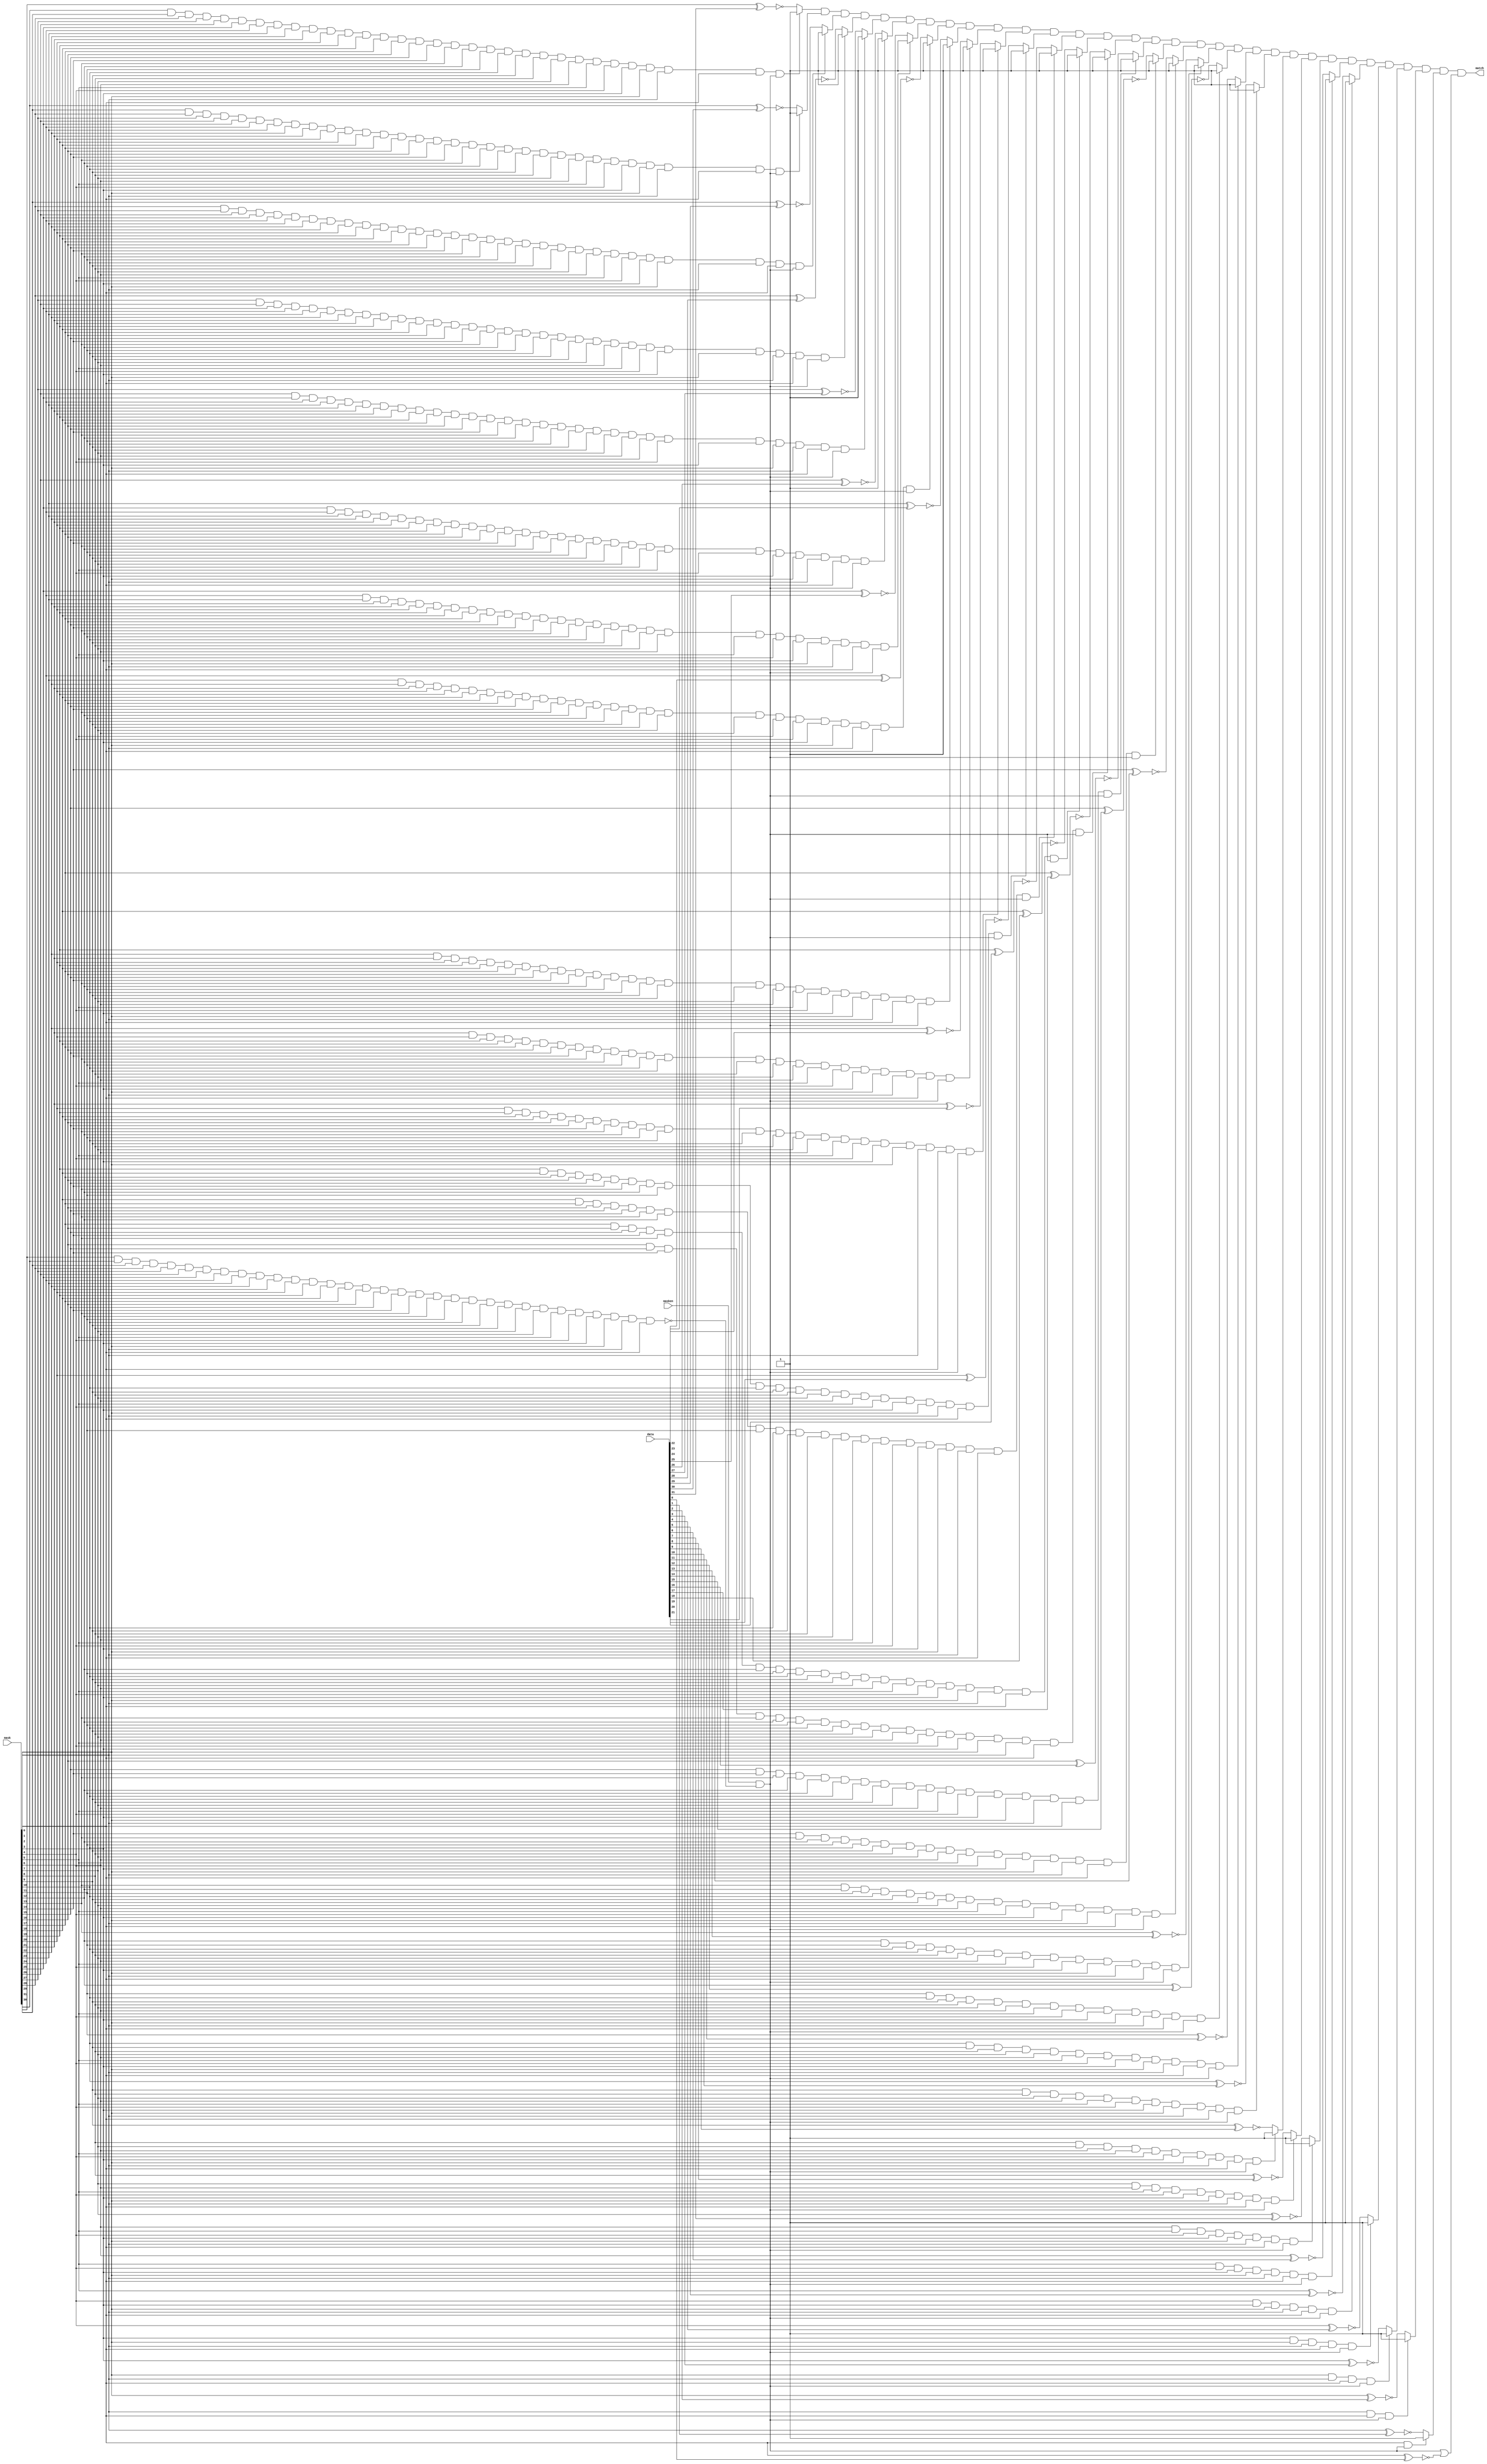
module rvmaskandmatch
(
  mask,
  data,
  masken,
  match
);

  input [31:0] mask;
  input [31:0] data;
  input masken;
  output match;
  wire match,N0,N1,N2,N3,N4,N5,N6,N7,N8,N9,N10,N11,N12,N13,N14,N15,N16,N17,N18,N19,N20,
  N21,N22,N23,N24,N25,N26,N27,N28,N29,N30,N31,N32,N33,N34,N35,N36,N37,N38,N39,N40,
  N41,N42,N43,N44,N45,N46,N47,N48,N49,N50,N51,N52,N53,N54,N55,N56,N57,N58,N59,N60,
  N61,N62,masken_or_fullmask,N63,N64,N65,N66,N67,N68,N69,N70,N71,N72,N73,N74,N75,
  N76,N77,N78,N79,N80,N81,N82,N83,N84,N85,N86,N87,N88,N89,N90,N91,N92,N93,N94,N95,
  N96,N97,N98,N99,N100,N101,N102,N103,N104,N105,N106,N107,N108,N109,N110,N111,N112,
  N113,N114,N115,N116,N117,N118,N119,N120,N121,N122,N123,N124,N125,N126,N127,N128,
  N129,N130,N131,N132,N133,N134,N135,N136,N137,N138,N139,N140,N141,N142,N143,N144,
  N145,N146,N147,N148,N149,N150,N151,N152,N153,N154,N155,N156,N157,N158,N159,N160,
  N161,N162,N163,N164,N165,N166,N167,N168,N169,N170,N171,N172,N173,N174,N175,N176,
  N177,N178,N179,N180,N181,N182,N183,N184,N185,N186,N187,N188,N189,N190,N191,N192,
  N193,N194,N195,N196,N197,N198,N199,N200,N201,N202,N203,N204,N205,N206,N207,N208,
  N209,N210,N211,N212,N213,N214,N215,N216,N217,N218,N219,N220,N221,N222,N223,N224,
  N225,N226,N227,N228,N229,N230,N231,N232,N233,N234,N235,N236,N237,N238,N239,N240,
  N241,N242,N243,N244,N245,N246,N247,N248,N249,N250,N251,N252,N253,N254,N255,N256,
  N257,N258,N259,N260,N261,N262,N263,N264,N265,N266,N267,N268,N269,N270,N271,N272,
  N273,N274,N275,N276,N277,N278,N279,N280,N281,N282,N283,N284,N285,N286,N287,N288,
  N289,N290,N291,N292,N293,N294,N295,N296,N297,N298,N299,N300,N301,N302,N303,N304,
  N305,N306,N307,N308,N309,N310,N311,N312,N313,N314,N315,N316,N317,N318,N319,N320,
  N321,N322,N323,N324,N325,N326,N327,N328,N329,N330,N331,N332,N333,N334,N335,N336,
  N337,N338,N339,N340,N341,N342,N343,N344,N345,N346,N347,N348,N349,N350,N351,N352,
  N353,N354,N355,N356,N357,N358,N359,N360,N361,N362,N363,N364,N365,N366,N367,N368,
  N369,N370,N371,N372,N373,N374,N375,N376,N377,N378,N379,N380,N381,N382,N383,N384,
  N385,N386,N387,N388,N389,N390,N391,N392,N393,N394,N395,N396,N397,N398,N399,N400,
  N401,N402,N403,N404,N405,N406,N407,N408,N409,N410,N411,N412,N413,N414,N415,N416,
  N417,N418,N419,N420,N421,N422,N423,N424,N425,N426,N427,N428,N429,N430,N431,N432,
  N433,N434,N435,N436,N437,N438,N439,N440,N441,N442,N443,N444,N445,N446,N447,N448,
  N449,N450,N451,N452,N453,N454,N455,N456,N457,N458,N459,N460,N461,N462,N463,N464,
  N465,N466,N467,N468,N469,N470,N471,N472,N473,N474,N475,N476,N477,N478,N479,N480,
  N481,N482,N483,N484,N485,N486,N487,N488,N489,N490,N491,N492,N493,N494,N495,N496,
  N497,N498,N499,N500,N501,N502,N503,N504,N505,N506,N507,N508,N509,N510,N511,N512,
  N513,N514,N515,N516,N517,N518,N519,N520,N521,N522,N523,N524,N525,N526,N527,N528,
  N529,N530,N531,N532,N533,N534,N535,N536,N537,N538,N539,N540,N541,N542,N543,N544,
  N545,N546,N547,N548,N549,N550,N551,N552,N553,N554,N555,N556,N557,N558,N559,N560,
  N561,N562,N563,N564,N565,N566,N567,N568,N569,N570,N571,N572,N573,N574,N575,N576,
  N577,N578,N579,N580,N581,N582,N583,N584,N585,N586,N587,N588,N589,N590,N591,N592,
  N593,N594,N595,N596,N597,N598,N599,N600,N601,N602,N603,N604,N605,N606,N607,N608,
  N609,N610,N611,N612,N613,N614,N615,N616,N617,N618,N619,N620,N621,N622,N623,N624,
  N625,N626,N627,N628,N629,N630,N631,N632,N633,N634,N635,N636,N637,N638,N639,N640,
  N641,N642,N643,N644,N645,N646,N647,N648,N649,N650,N651,N652,N653,N654,N655,N656,
  N657,N658,N659,N660,N661,N662,N663,N664,N665,N666,N667,N668,N669,N670,N671,N672,
  N673,N674,N675,N676,N677,N678,N679,N680,N681,N682,N683;
  wire [31:0] matchvec;
  assign N0 = mask[0] ^ data[0];
  assign N63 = ~N0;
  assign N1 = mask[1] ^ data[1];
  assign N66 = ~N1;
  assign N2 = mask[2] ^ data[2];
  assign N69 = ~N2;
  assign N3 = mask[3] ^ data[3];
  assign N72 = ~N3;
  assign N4 = mask[4] ^ data[4];
  assign N75 = ~N4;
  assign N5 = mask[5] ^ data[5];
  assign N78 = ~N5;
  assign N6 = mask[6] ^ data[6];
  assign N81 = ~N6;
  assign N7 = mask[7] ^ data[7];
  assign N84 = ~N7;
  assign N8 = mask[8] ^ data[8];
  assign N87 = ~N8;
  assign N9 = mask[9] ^ data[9];
  assign N90 = ~N9;
  assign N10 = mask[10] ^ data[10];
  assign N93 = ~N10;
  assign N11 = mask[11] ^ data[11];
  assign N96 = ~N11;
  assign N12 = mask[12] ^ data[12];
  assign N99 = ~N12;
  assign N13 = mask[13] ^ data[13];
  assign N102 = ~N13;
  assign N14 = mask[14] ^ data[14];
  assign N105 = ~N14;
  assign N15 = mask[15] ^ data[15];
  assign N108 = ~N15;
  assign N16 = mask[16] ^ data[16];
  assign N111 = ~N16;
  assign N17 = mask[17] ^ data[17];
  assign N114 = ~N17;
  assign N18 = mask[18] ^ data[18];
  assign N117 = ~N18;
  assign N19 = mask[19] ^ data[19];
  assign N120 = ~N19;
  assign N20 = mask[20] ^ data[20];
  assign N123 = ~N20;
  assign N21 = mask[21] ^ data[21];
  assign N126 = ~N21;
  assign N22 = mask[22] ^ data[22];
  assign N129 = ~N22;
  assign N23 = mask[23] ^ data[23];
  assign N132 = ~N23;
  assign N24 = mask[24] ^ data[24];
  assign N135 = ~N24;
  assign N25 = mask[25] ^ data[25];
  assign N138 = ~N25;
  assign N26 = mask[26] ^ data[26];
  assign N141 = ~N26;
  assign N27 = mask[27] ^ data[27];
  assign N144 = ~N27;
  assign N28 = mask[28] ^ data[28];
  assign N147 = ~N28;
  assign N29 = mask[29] ^ data[29];
  assign N150 = ~N29;
  assign N30 = mask[30] ^ data[30];
  assign N153 = ~N30;
  assign N31 = mask[31] ^ data[31];
  assign N156 = ~N31;
  assign matchvec[1] = (N32)? 1'b1 :
                       (N65)? N66 : 1'b0;
  assign N32 = N64;
  assign matchvec[2] = (N33)? 1'b1 :
                       (N68)? N69 : 1'b0;
  assign N33 = N67;
  assign matchvec[3] = (N34)? 1'b1 :
                       (N71)? N72 : 1'b0;
  assign N34 = N70;
  assign matchvec[4] = (N35)? 1'b1 :
                       (N74)? N75 : 1'b0;
  assign N35 = N73;
  assign matchvec[5] = (N36)? 1'b1 :
                       (N77)? N78 : 1'b0;
  assign N36 = N76;
  assign matchvec[6] = (N37)? 1'b1 :
                       (N80)? N81 : 1'b0;
  assign N37 = N79;
  assign matchvec[7] = (N38)? 1'b1 :
                       (N83)? N84 : 1'b0;
  assign N38 = N82;
  assign matchvec[8] = (N39)? 1'b1 :
                       (N86)? N87 : 1'b0;
  assign N39 = N85;
  assign matchvec[9] = (N40)? 1'b1 :
                       (N89)? N90 : 1'b0;
  assign N40 = N88;
  assign matchvec[10] = (N41)? 1'b1 :
                        (N92)? N93 : 1'b0;
  assign N41 = N91;
  assign matchvec[11] = (N42)? 1'b1 :
                        (N95)? N96 : 1'b0;
  assign N42 = N94;
  assign matchvec[12] = (N43)? 1'b1 :
                        (N98)? N99 : 1'b0;
  assign N43 = N97;
  assign matchvec[13] = (N44)? 1'b1 :
                        (N101)? N102 : 1'b0;
  assign N44 = N100;
  assign matchvec[14] = (N45)? 1'b1 :
                        (N104)? N105 : 1'b0;
  assign N45 = N103;
  assign matchvec[15] = (N46)? 1'b1 :
                        (N107)? N108 : 1'b0;
  assign N46 = N106;
  assign matchvec[16] = (N47)? 1'b1 :
                        (N110)? N111 : 1'b0;
  assign N47 = N109;
  assign matchvec[17] = (N48)? 1'b1 :
                        (N113)? N114 : 1'b0;
  assign N48 = N112;
  assign matchvec[18] = (N49)? 1'b1 :
                        (N116)? N117 : 1'b0;
  assign N49 = N115;
  assign matchvec[19] = (N50)? 1'b1 :
                        (N119)? N120 : 1'b0;
  assign N50 = N118;
  assign matchvec[20] = (N51)? 1'b1 :
                        (N122)? N123 : 1'b0;
  assign N51 = N121;
  assign matchvec[21] = (N52)? 1'b1 :
                        (N125)? N126 : 1'b0;
  assign N52 = N124;
  assign matchvec[22] = (N53)? 1'b1 :
                        (N128)? N129 : 1'b0;
  assign N53 = N127;
  assign matchvec[23] = (N54)? 1'b1 :
                        (N131)? N132 : 1'b0;
  assign N54 = N130;
  assign matchvec[24] = (N55)? 1'b1 :
                        (N134)? N135 : 1'b0;
  assign N55 = N133;
  assign matchvec[25] = (N56)? 1'b1 :
                        (N137)? N138 : 1'b0;
  assign N56 = N136;
  assign matchvec[26] = (N57)? 1'b1 :
                        (N140)? N141 : 1'b0;
  assign N57 = N139;
  assign matchvec[27] = (N58)? 1'b1 :
                        (N143)? N144 : 1'b0;
  assign N58 = N142;
  assign matchvec[28] = (N59)? 1'b1 :
                        (N146)? N147 : 1'b0;
  assign N59 = N145;
  assign matchvec[29] = (N60)? 1'b1 :
                        (N149)? N150 : 1'b0;
  assign N60 = N148;
  assign matchvec[30] = (N61)? 1'b1 :
                        (N152)? N153 : 1'b0;
  assign N61 = N151;
  assign matchvec[31] = (N62)? 1'b1 :
                        (N155)? N156 : 1'b0;
  assign N62 = N154;
  assign masken_or_fullmask = masken & N188;
  assign N188 = ~N187;
  assign N187 = N186 & mask[0];
  assign N186 = N185 & mask[1];
  assign N185 = N184 & mask[2];
  assign N184 = N183 & mask[3];
  assign N183 = N182 & mask[4];
  assign N182 = N181 & mask[5];
  assign N181 = N180 & mask[6];
  assign N180 = N179 & mask[7];
  assign N179 = N178 & mask[8];
  assign N178 = N177 & mask[9];
  assign N177 = N176 & mask[10];
  assign N176 = N175 & mask[11];
  assign N175 = N174 & mask[12];
  assign N174 = N173 & mask[13];
  assign N173 = N172 & mask[14];
  assign N172 = N171 & mask[15];
  assign N171 = N170 & mask[16];
  assign N170 = N169 & mask[17];
  assign N169 = N168 & mask[18];
  assign N168 = N167 & mask[19];
  assign N167 = N166 & mask[20];
  assign N166 = N165 & mask[21];
  assign N165 = N164 & mask[22];
  assign N164 = N163 & mask[23];
  assign N163 = N162 & mask[24];
  assign N162 = N161 & mask[25];
  assign N161 = N160 & mask[26];
  assign N160 = N159 & mask[27];
  assign N159 = N158 & mask[28];
  assign N158 = N157 & mask[29];
  assign N157 = mask[31] & mask[30];
  assign matchvec[0] = masken_or_fullmask | N63;
  assign N64 = mask[0] & masken_or_fullmask;
  assign N65 = ~N64;
  assign N67 = N189 & masken_or_fullmask;
  assign N189 = mask[1] & mask[0];
  assign N68 = ~N67;
  assign N70 = N191 & masken_or_fullmask;
  assign N191 = N190 & mask[0];
  assign N190 = mask[2] & mask[1];
  assign N71 = ~N70;
  assign N73 = N194 & masken_or_fullmask;
  assign N194 = N193 & mask[0];
  assign N193 = N192 & mask[1];
  assign N192 = mask[3] & mask[2];
  assign N74 = ~N73;
  assign N76 = N198 & masken_or_fullmask;
  assign N198 = N197 & mask[0];
  assign N197 = N196 & mask[1];
  assign N196 = N195 & mask[2];
  assign N195 = mask[4] & mask[3];
  assign N77 = ~N76;
  assign N79 = N203 & masken_or_fullmask;
  assign N203 = N202 & mask[0];
  assign N202 = N201 & mask[1];
  assign N201 = N200 & mask[2];
  assign N200 = N199 & mask[3];
  assign N199 = mask[5] & mask[4];
  assign N80 = ~N79;
  assign N82 = N209 & masken_or_fullmask;
  assign N209 = N208 & mask[0];
  assign N208 = N207 & mask[1];
  assign N207 = N206 & mask[2];
  assign N206 = N205 & mask[3];
  assign N205 = N204 & mask[4];
  assign N204 = mask[6] & mask[5];
  assign N83 = ~N82;
  assign N85 = N216 & masken_or_fullmask;
  assign N216 = N215 & mask[0];
  assign N215 = N214 & mask[1];
  assign N214 = N213 & mask[2];
  assign N213 = N212 & mask[3];
  assign N212 = N211 & mask[4];
  assign N211 = N210 & mask[5];
  assign N210 = mask[7] & mask[6];
  assign N86 = ~N85;
  assign N88 = N224 & masken_or_fullmask;
  assign N224 = N223 & mask[0];
  assign N223 = N222 & mask[1];
  assign N222 = N221 & mask[2];
  assign N221 = N220 & mask[3];
  assign N220 = N219 & mask[4];
  assign N219 = N218 & mask[5];
  assign N218 = N217 & mask[6];
  assign N217 = mask[8] & mask[7];
  assign N89 = ~N88;
  assign N91 = N233 & masken_or_fullmask;
  assign N233 = N232 & mask[0];
  assign N232 = N231 & mask[1];
  assign N231 = N230 & mask[2];
  assign N230 = N229 & mask[3];
  assign N229 = N228 & mask[4];
  assign N228 = N227 & mask[5];
  assign N227 = N226 & mask[6];
  assign N226 = N225 & mask[7];
  assign N225 = mask[9] & mask[8];
  assign N92 = ~N91;
  assign N94 = N243 & masken_or_fullmask;
  assign N243 = N242 & mask[0];
  assign N242 = N241 & mask[1];
  assign N241 = N240 & mask[2];
  assign N240 = N239 & mask[3];
  assign N239 = N238 & mask[4];
  assign N238 = N237 & mask[5];
  assign N237 = N236 & mask[6];
  assign N236 = N235 & mask[7];
  assign N235 = N234 & mask[8];
  assign N234 = mask[10] & mask[9];
  assign N95 = ~N94;
  assign N97 = N254 & masken_or_fullmask;
  assign N254 = N253 & mask[0];
  assign N253 = N252 & mask[1];
  assign N252 = N251 & mask[2];
  assign N251 = N250 & mask[3];
  assign N250 = N249 & mask[4];
  assign N249 = N248 & mask[5];
  assign N248 = N247 & mask[6];
  assign N247 = N246 & mask[7];
  assign N246 = N245 & mask[8];
  assign N245 = N244 & mask[9];
  assign N244 = mask[11] & mask[10];
  assign N98 = ~N97;
  assign N100 = N266 & masken_or_fullmask;
  assign N266 = N265 & mask[0];
  assign N265 = N264 & mask[1];
  assign N264 = N263 & mask[2];
  assign N263 = N262 & mask[3];
  assign N262 = N261 & mask[4];
  assign N261 = N260 & mask[5];
  assign N260 = N259 & mask[6];
  assign N259 = N258 & mask[7];
  assign N258 = N257 & mask[8];
  assign N257 = N256 & mask[9];
  assign N256 = N255 & mask[10];
  assign N255 = mask[12] & mask[11];
  assign N101 = ~N100;
  assign N103 = N279 & masken_or_fullmask;
  assign N279 = N278 & mask[0];
  assign N278 = N277 & mask[1];
  assign N277 = N276 & mask[2];
  assign N276 = N275 & mask[3];
  assign N275 = N274 & mask[4];
  assign N274 = N273 & mask[5];
  assign N273 = N272 & mask[6];
  assign N272 = N271 & mask[7];
  assign N271 = N270 & mask[8];
  assign N270 = N269 & mask[9];
  assign N269 = N268 & mask[10];
  assign N268 = N267 & mask[11];
  assign N267 = mask[13] & mask[12];
  assign N104 = ~N103;
  assign N106 = N293 & masken_or_fullmask;
  assign N293 = N292 & mask[0];
  assign N292 = N291 & mask[1];
  assign N291 = N290 & mask[2];
  assign N290 = N289 & mask[3];
  assign N289 = N288 & mask[4];
  assign N288 = N287 & mask[5];
  assign N287 = N286 & mask[6];
  assign N286 = N285 & mask[7];
  assign N285 = N284 & mask[8];
  assign N284 = N283 & mask[9];
  assign N283 = N282 & mask[10];
  assign N282 = N281 & mask[11];
  assign N281 = N280 & mask[12];
  assign N280 = mask[14] & mask[13];
  assign N107 = ~N106;
  assign N109 = N308 & masken_or_fullmask;
  assign N308 = N307 & mask[0];
  assign N307 = N306 & mask[1];
  assign N306 = N305 & mask[2];
  assign N305 = N304 & mask[3];
  assign N304 = N303 & mask[4];
  assign N303 = N302 & mask[5];
  assign N302 = N301 & mask[6];
  assign N301 = N300 & mask[7];
  assign N300 = N299 & mask[8];
  assign N299 = N298 & mask[9];
  assign N298 = N297 & mask[10];
  assign N297 = N296 & mask[11];
  assign N296 = N295 & mask[12];
  assign N295 = N294 & mask[13];
  assign N294 = mask[15] & mask[14];
  assign N110 = ~N109;
  assign N112 = N324 & masken_or_fullmask;
  assign N324 = N323 & mask[0];
  assign N323 = N322 & mask[1];
  assign N322 = N321 & mask[2];
  assign N321 = N320 & mask[3];
  assign N320 = N319 & mask[4];
  assign N319 = N318 & mask[5];
  assign N318 = N317 & mask[6];
  assign N317 = N316 & mask[7];
  assign N316 = N315 & mask[8];
  assign N315 = N314 & mask[9];
  assign N314 = N313 & mask[10];
  assign N313 = N312 & mask[11];
  assign N312 = N311 & mask[12];
  assign N311 = N310 & mask[13];
  assign N310 = N309 & mask[14];
  assign N309 = mask[16] & mask[15];
  assign N113 = ~N112;
  assign N115 = N341 & masken_or_fullmask;
  assign N341 = N340 & mask[0];
  assign N340 = N339 & mask[1];
  assign N339 = N338 & mask[2];
  assign N338 = N337 & mask[3];
  assign N337 = N336 & mask[4];
  assign N336 = N335 & mask[5];
  assign N335 = N334 & mask[6];
  assign N334 = N333 & mask[7];
  assign N333 = N332 & mask[8];
  assign N332 = N331 & mask[9];
  assign N331 = N330 & mask[10];
  assign N330 = N329 & mask[11];
  assign N329 = N328 & mask[12];
  assign N328 = N327 & mask[13];
  assign N327 = N326 & mask[14];
  assign N326 = N325 & mask[15];
  assign N325 = mask[17] & mask[16];
  assign N116 = ~N115;
  assign N118 = N359 & masken_or_fullmask;
  assign N359 = N358 & mask[0];
  assign N358 = N357 & mask[1];
  assign N357 = N356 & mask[2];
  assign N356 = N355 & mask[3];
  assign N355 = N354 & mask[4];
  assign N354 = N353 & mask[5];
  assign N353 = N352 & mask[6];
  assign N352 = N351 & mask[7];
  assign N351 = N350 & mask[8];
  assign N350 = N349 & mask[9];
  assign N349 = N348 & mask[10];
  assign N348 = N347 & mask[11];
  assign N347 = N346 & mask[12];
  assign N346 = N345 & mask[13];
  assign N345 = N344 & mask[14];
  assign N344 = N343 & mask[15];
  assign N343 = N342 & mask[16];
  assign N342 = mask[18] & mask[17];
  assign N119 = ~N118;
  assign N121 = N378 & masken_or_fullmask;
  assign N378 = N377 & mask[0];
  assign N377 = N376 & mask[1];
  assign N376 = N375 & mask[2];
  assign N375 = N374 & mask[3];
  assign N374 = N373 & mask[4];
  assign N373 = N372 & mask[5];
  assign N372 = N371 & mask[6];
  assign N371 = N370 & mask[7];
  assign N370 = N369 & mask[8];
  assign N369 = N368 & mask[9];
  assign N368 = N367 & mask[10];
  assign N367 = N366 & mask[11];
  assign N366 = N365 & mask[12];
  assign N365 = N364 & mask[13];
  assign N364 = N363 & mask[14];
  assign N363 = N362 & mask[15];
  assign N362 = N361 & mask[16];
  assign N361 = N360 & mask[17];
  assign N360 = mask[19] & mask[18];
  assign N122 = ~N121;
  assign N124 = N398 & masken_or_fullmask;
  assign N398 = N397 & mask[0];
  assign N397 = N396 & mask[1];
  assign N396 = N395 & mask[2];
  assign N395 = N394 & mask[3];
  assign N394 = N393 & mask[4];
  assign N393 = N392 & mask[5];
  assign N392 = N391 & mask[6];
  assign N391 = N390 & mask[7];
  assign N390 = N389 & mask[8];
  assign N389 = N388 & mask[9];
  assign N388 = N387 & mask[10];
  assign N387 = N386 & mask[11];
  assign N386 = N385 & mask[12];
  assign N385 = N384 & mask[13];
  assign N384 = N383 & mask[14];
  assign N383 = N382 & mask[15];
  assign N382 = N381 & mask[16];
  assign N381 = N380 & mask[17];
  assign N380 = N379 & mask[18];
  assign N379 = mask[20] & mask[19];
  assign N125 = ~N124;
  assign N127 = N419 & masken_or_fullmask;
  assign N419 = N418 & mask[0];
  assign N418 = N417 & mask[1];
  assign N417 = N416 & mask[2];
  assign N416 = N415 & mask[3];
  assign N415 = N414 & mask[4];
  assign N414 = N413 & mask[5];
  assign N413 = N412 & mask[6];
  assign N412 = N411 & mask[7];
  assign N411 = N410 & mask[8];
  assign N410 = N409 & mask[9];
  assign N409 = N408 & mask[10];
  assign N408 = N407 & mask[11];
  assign N407 = N406 & mask[12];
  assign N406 = N405 & mask[13];
  assign N405 = N404 & mask[14];
  assign N404 = N403 & mask[15];
  assign N403 = N402 & mask[16];
  assign N402 = N401 & mask[17];
  assign N401 = N400 & mask[18];
  assign N400 = N399 & mask[19];
  assign N399 = mask[21] & mask[20];
  assign N128 = ~N127;
  assign N130 = N441 & masken_or_fullmask;
  assign N441 = N440 & mask[0];
  assign N440 = N439 & mask[1];
  assign N439 = N438 & mask[2];
  assign N438 = N437 & mask[3];
  assign N437 = N436 & mask[4];
  assign N436 = N435 & mask[5];
  assign N435 = N434 & mask[6];
  assign N434 = N433 & mask[7];
  assign N433 = N432 & mask[8];
  assign N432 = N431 & mask[9];
  assign N431 = N430 & mask[10];
  assign N430 = N429 & mask[11];
  assign N429 = N428 & mask[12];
  assign N428 = N427 & mask[13];
  assign N427 = N426 & mask[14];
  assign N426 = N425 & mask[15];
  assign N425 = N424 & mask[16];
  assign N424 = N423 & mask[17];
  assign N423 = N422 & mask[18];
  assign N422 = N421 & mask[19];
  assign N421 = N420 & mask[20];
  assign N420 = mask[22] & mask[21];
  assign N131 = ~N130;
  assign N133 = N464 & masken_or_fullmask;
  assign N464 = N463 & mask[0];
  assign N463 = N462 & mask[1];
  assign N462 = N461 & mask[2];
  assign N461 = N460 & mask[3];
  assign N460 = N459 & mask[4];
  assign N459 = N458 & mask[5];
  assign N458 = N457 & mask[6];
  assign N457 = N456 & mask[7];
  assign N456 = N455 & mask[8];
  assign N455 = N454 & mask[9];
  assign N454 = N453 & mask[10];
  assign N453 = N452 & mask[11];
  assign N452 = N451 & mask[12];
  assign N451 = N450 & mask[13];
  assign N450 = N449 & mask[14];
  assign N449 = N448 & mask[15];
  assign N448 = N447 & mask[16];
  assign N447 = N446 & mask[17];
  assign N446 = N445 & mask[18];
  assign N445 = N444 & mask[19];
  assign N444 = N443 & mask[20];
  assign N443 = N442 & mask[21];
  assign N442 = mask[23] & mask[22];
  assign N134 = ~N133;
  assign N136 = N488 & masken_or_fullmask;
  assign N488 = N487 & mask[0];
  assign N487 = N486 & mask[1];
  assign N486 = N485 & mask[2];
  assign N485 = N484 & mask[3];
  assign N484 = N483 & mask[4];
  assign N483 = N482 & mask[5];
  assign N482 = N481 & mask[6];
  assign N481 = N480 & mask[7];
  assign N480 = N479 & mask[8];
  assign N479 = N478 & mask[9];
  assign N478 = N477 & mask[10];
  assign N477 = N476 & mask[11];
  assign N476 = N475 & mask[12];
  assign N475 = N474 & mask[13];
  assign N474 = N473 & mask[14];
  assign N473 = N472 & mask[15];
  assign N472 = N471 & mask[16];
  assign N471 = N470 & mask[17];
  assign N470 = N469 & mask[18];
  assign N469 = N468 & mask[19];
  assign N468 = N467 & mask[20];
  assign N467 = N466 & mask[21];
  assign N466 = N465 & mask[22];
  assign N465 = mask[24] & mask[23];
  assign N137 = ~N136;
  assign N139 = N513 & masken_or_fullmask;
  assign N513 = N512 & mask[0];
  assign N512 = N511 & mask[1];
  assign N511 = N510 & mask[2];
  assign N510 = N509 & mask[3];
  assign N509 = N508 & mask[4];
  assign N508 = N507 & mask[5];
  assign N507 = N506 & mask[6];
  assign N506 = N505 & mask[7];
  assign N505 = N504 & mask[8];
  assign N504 = N503 & mask[9];
  assign N503 = N502 & mask[10];
  assign N502 = N501 & mask[11];
  assign N501 = N500 & mask[12];
  assign N500 = N499 & mask[13];
  assign N499 = N498 & mask[14];
  assign N498 = N497 & mask[15];
  assign N497 = N496 & mask[16];
  assign N496 = N495 & mask[17];
  assign N495 = N494 & mask[18];
  assign N494 = N493 & mask[19];
  assign N493 = N492 & mask[20];
  assign N492 = N491 & mask[21];
  assign N491 = N490 & mask[22];
  assign N490 = N489 & mask[23];
  assign N489 = mask[25] & mask[24];
  assign N140 = ~N139;
  assign N142 = N539 & masken_or_fullmask;
  assign N539 = N538 & mask[0];
  assign N538 = N537 & mask[1];
  assign N537 = N536 & mask[2];
  assign N536 = N535 & mask[3];
  assign N535 = N534 & mask[4];
  assign N534 = N533 & mask[5];
  assign N533 = N532 & mask[6];
  assign N532 = N531 & mask[7];
  assign N531 = N530 & mask[8];
  assign N530 = N529 & mask[9];
  assign N529 = N528 & mask[10];
  assign N528 = N527 & mask[11];
  assign N527 = N526 & mask[12];
  assign N526 = N525 & mask[13];
  assign N525 = N524 & mask[14];
  assign N524 = N523 & mask[15];
  assign N523 = N522 & mask[16];
  assign N522 = N521 & mask[17];
  assign N521 = N520 & mask[18];
  assign N520 = N519 & mask[19];
  assign N519 = N518 & mask[20];
  assign N518 = N517 & mask[21];
  assign N517 = N516 & mask[22];
  assign N516 = N515 & mask[23];
  assign N515 = N514 & mask[24];
  assign N514 = mask[26] & mask[25];
  assign N143 = ~N142;
  assign N145 = N566 & masken_or_fullmask;
  assign N566 = N565 & mask[0];
  assign N565 = N564 & mask[1];
  assign N564 = N563 & mask[2];
  assign N563 = N562 & mask[3];
  assign N562 = N561 & mask[4];
  assign N561 = N560 & mask[5];
  assign N560 = N559 & mask[6];
  assign N559 = N558 & mask[7];
  assign N558 = N557 & mask[8];
  assign N557 = N556 & mask[9];
  assign N556 = N555 & mask[10];
  assign N555 = N554 & mask[11];
  assign N554 = N553 & mask[12];
  assign N553 = N552 & mask[13];
  assign N552 = N551 & mask[14];
  assign N551 = N550 & mask[15];
  assign N550 = N549 & mask[16];
  assign N549 = N548 & mask[17];
  assign N548 = N547 & mask[18];
  assign N547 = N546 & mask[19];
  assign N546 = N545 & mask[20];
  assign N545 = N544 & mask[21];
  assign N544 = N543 & mask[22];
  assign N543 = N542 & mask[23];
  assign N542 = N541 & mask[24];
  assign N541 = N540 & mask[25];
  assign N540 = mask[27] & mask[26];
  assign N146 = ~N145;
  assign N148 = N594 & masken_or_fullmask;
  assign N594 = N593 & mask[0];
  assign N593 = N592 & mask[1];
  assign N592 = N591 & mask[2];
  assign N591 = N590 & mask[3];
  assign N590 = N589 & mask[4];
  assign N589 = N588 & mask[5];
  assign N588 = N587 & mask[6];
  assign N587 = N586 & mask[7];
  assign N586 = N585 & mask[8];
  assign N585 = N584 & mask[9];
  assign N584 = N583 & mask[10];
  assign N583 = N582 & mask[11];
  assign N582 = N581 & mask[12];
  assign N581 = N580 & mask[13];
  assign N580 = N579 & mask[14];
  assign N579 = N578 & mask[15];
  assign N578 = N577 & mask[16];
  assign N577 = N576 & mask[17];
  assign N576 = N575 & mask[18];
  assign N575 = N574 & mask[19];
  assign N574 = N573 & mask[20];
  assign N573 = N572 & mask[21];
  assign N572 = N571 & mask[22];
  assign N571 = N570 & mask[23];
  assign N570 = N569 & mask[24];
  assign N569 = N568 & mask[25];
  assign N568 = N567 & mask[26];
  assign N567 = mask[28] & mask[27];
  assign N149 = ~N148;
  assign N151 = N623 & masken_or_fullmask;
  assign N623 = N622 & mask[0];
  assign N622 = N621 & mask[1];
  assign N621 = N620 & mask[2];
  assign N620 = N619 & mask[3];
  assign N619 = N618 & mask[4];
  assign N618 = N617 & mask[5];
  assign N617 = N616 & mask[6];
  assign N616 = N615 & mask[7];
  assign N615 = N614 & mask[8];
  assign N614 = N613 & mask[9];
  assign N613 = N612 & mask[10];
  assign N612 = N611 & mask[11];
  assign N611 = N610 & mask[12];
  assign N610 = N609 & mask[13];
  assign N609 = N608 & mask[14];
  assign N608 = N607 & mask[15];
  assign N607 = N606 & mask[16];
  assign N606 = N605 & mask[17];
  assign N605 = N604 & mask[18];
  assign N604 = N603 & mask[19];
  assign N603 = N602 & mask[20];
  assign N602 = N601 & mask[21];
  assign N601 = N600 & mask[22];
  assign N600 = N599 & mask[23];
  assign N599 = N598 & mask[24];
  assign N598 = N597 & mask[25];
  assign N597 = N596 & mask[26];
  assign N596 = N595 & mask[27];
  assign N595 = mask[29] & mask[28];
  assign N152 = ~N151;
  assign N154 = N653 & masken_or_fullmask;
  assign N653 = N652 & mask[0];
  assign N652 = N651 & mask[1];
  assign N651 = N650 & mask[2];
  assign N650 = N649 & mask[3];
  assign N649 = N648 & mask[4];
  assign N648 = N647 & mask[5];
  assign N647 = N646 & mask[6];
  assign N646 = N645 & mask[7];
  assign N645 = N644 & mask[8];
  assign N644 = N643 & mask[9];
  assign N643 = N642 & mask[10];
  assign N642 = N641 & mask[11];
  assign N641 = N640 & mask[12];
  assign N640 = N639 & mask[13];
  assign N639 = N638 & mask[14];
  assign N638 = N637 & mask[15];
  assign N637 = N636 & mask[16];
  assign N636 = N635 & mask[17];
  assign N635 = N634 & mask[18];
  assign N634 = N633 & mask[19];
  assign N633 = N632 & mask[20];
  assign N632 = N631 & mask[21];
  assign N631 = N630 & mask[22];
  assign N630 = N629 & mask[23];
  assign N629 = N628 & mask[24];
  assign N628 = N627 & mask[25];
  assign N627 = N626 & mask[26];
  assign N626 = N625 & mask[27];
  assign N625 = N624 & mask[28];
  assign N624 = mask[30] & mask[29];
  assign N155 = ~N154;
  assign match = N683 & matchvec[0];
  assign N683 = N682 & matchvec[1];
  assign N682 = N681 & matchvec[2];
  assign N681 = N680 & matchvec[3];
  assign N680 = N679 & matchvec[4];
  assign N679 = N678 & matchvec[5];
  assign N678 = N677 & matchvec[6];
  assign N677 = N676 & matchvec[7];
  assign N676 = N675 & matchvec[8];
  assign N675 = N674 & matchvec[9];
  assign N674 = N673 & matchvec[10];
  assign N673 = N672 & matchvec[11];
  assign N672 = N671 & matchvec[12];
  assign N671 = N670 & matchvec[13];
  assign N670 = N669 & matchvec[14];
  assign N669 = N668 & matchvec[15];
  assign N668 = N667 & matchvec[16];
  assign N667 = N666 & matchvec[17];
  assign N666 = N665 & matchvec[18];
  assign N665 = N664 & matchvec[19];
  assign N664 = N663 & matchvec[20];
  assign N663 = N662 & matchvec[21];
  assign N662 = N661 & matchvec[22];
  assign N661 = N660 & matchvec[23];
  assign N660 = N659 & matchvec[24];
  assign N659 = N658 & matchvec[25];
  assign N658 = N657 & matchvec[26];
  assign N657 = N656 & matchvec[27];
  assign N656 = N655 & matchvec[28];
  assign N655 = N654 & matchvec[29];
  assign N654 = matchvec[31] & matchvec[30];

endmodule